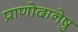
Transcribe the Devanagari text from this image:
प्राणोदानेषु